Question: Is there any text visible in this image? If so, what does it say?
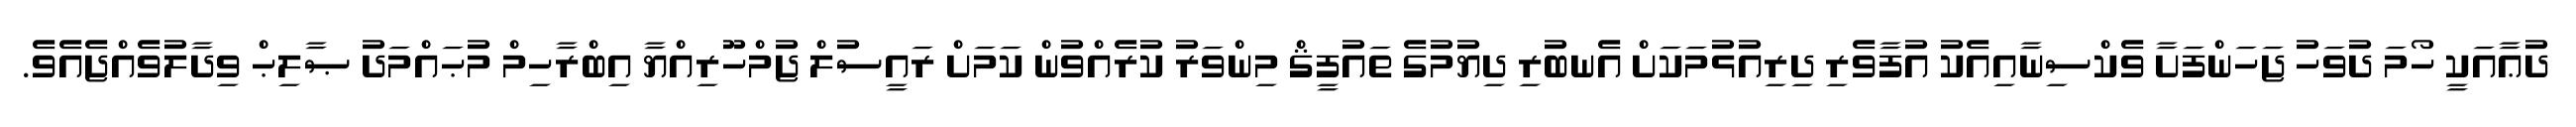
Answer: ދުޢާއަކީ ހޯމަ ދުވަހު ޖަހަންފަށާ ވެކްސިނާއިއެކު އުފާވެރި ދިރިއުޅުމަކަށް އެނބުރި ދިޔުމުގެ ތައުފީޤް މިންވަރު ކުރެއްވުން ކަމަށް ރައީސުލް ޖުމްހޫރިއްޔާ އިބްރާހިމް މުޙައްމަދު ޞާލިޙް ވިދާލުވެއްޖެއެވެ.